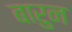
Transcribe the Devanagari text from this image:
बारुन